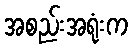
အစည်းအရုံးက